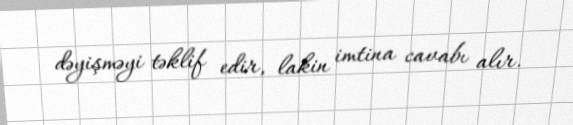
dəyişməyi təklif edir, lakin imtina cavabı alır.